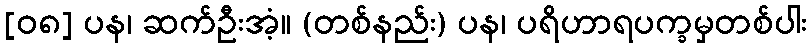
[၀၈] ပန၊ ဆက်ဦးအံ့။ (တစ်နည်း) ပန၊ ပရိဟာရပက္ခမှတစ်ပါး